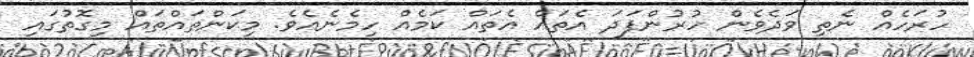
ހުރަހެއް ނެތި ވަދެވެން ހުރުންފަދަ އެތައް އެތައް ކަމެއް ހިމެނެއެވެ. މިކަންތައްތައް މިގޮތުގައި